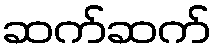
ဆက်ဆက်